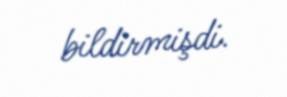
bildirmişdi.